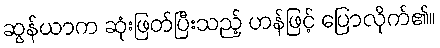
ဆွန်ယာက ဆုံးဖြတ်ပြီးသည့် ဟန်ဖြင့် ပြောလိုက်၏။